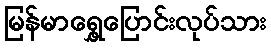
မြန်မာရွှေ့ပြောင်းလုပ်သား